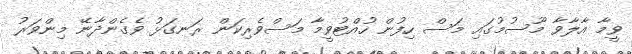
ވީމާ އާލާވާ މޫސުމުގައި މަސް ހިފުން ހުއްޓުވީމާ މަސްވެރިކަން ރަނގަޅު ވެގެންދާނޭ މިންވަރު